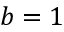
b = 1